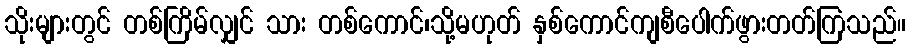
သိုးများတွင် တစ်ကြိမ်လျှင် သား တစ်ကောင်၊သို့မဟုတ် နှစ်ကောင်ကျစီပေါက်ဖွားတတ်ကြသည်။